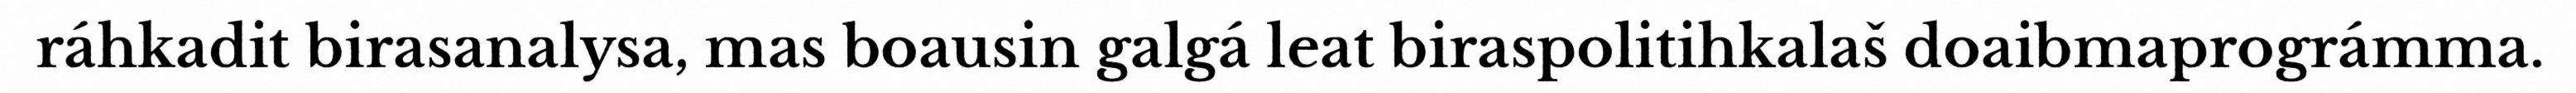
ráhkadit birasanalysa, mas boausin galgá leat biraspolitihkalaš doaibmaprográmma.